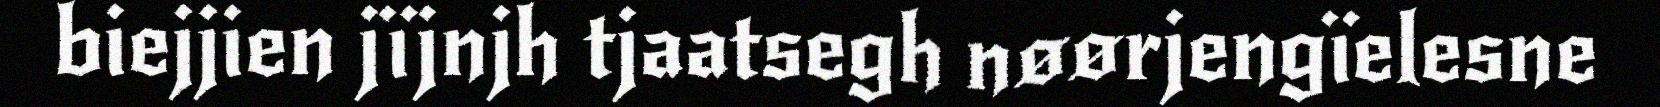
biejjien jïjnjh tjaatsegh nøørjengïelesne